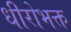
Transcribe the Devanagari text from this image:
धीरोभक्त